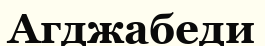
Агджабеди